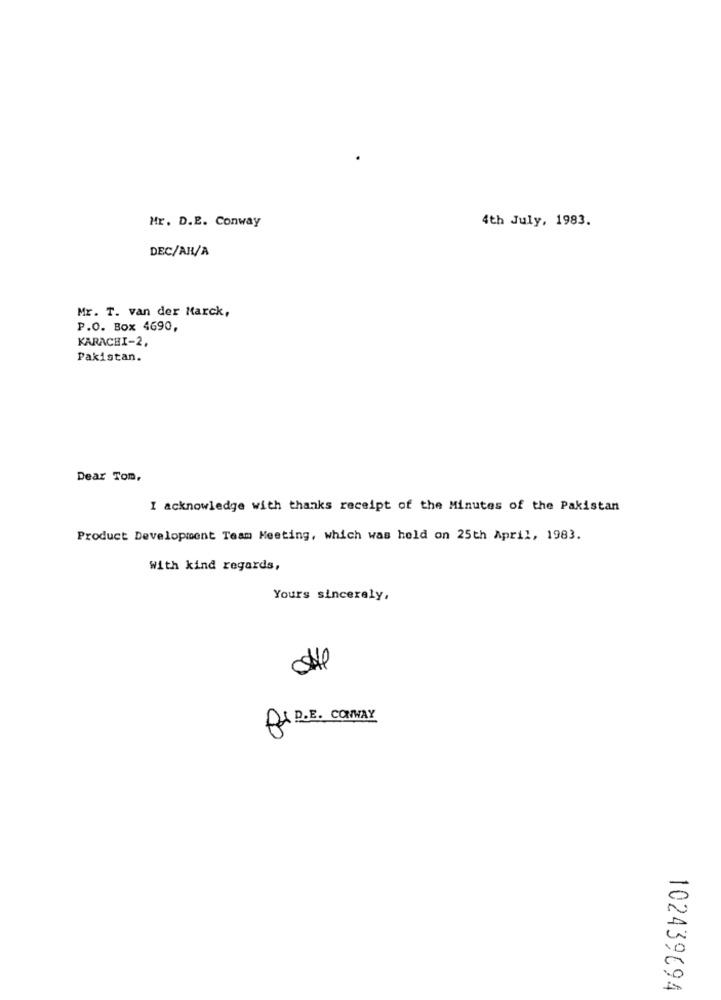
Mr. D.E. Conway
4th July, 1983.
DEC/AR/A
Mr. T. van der Marck,
P.O. Box 4690,
KARACHI-2,
Pakistan.
Dear Tom,
I acknowledge with thanks receipt of the Minutes of the Pakistan
Product Development Team Meeting, which was held on 25th April, 1983.
With kind regards,
Yours sincerely,
She
P& P.E. CONWAY
102439694